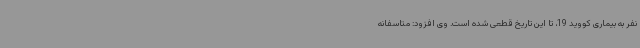
نفر به بیماری کووید 19، تا این تاریخ قطعی شده است. وی افزود: متاسفانه